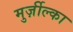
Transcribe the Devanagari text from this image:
मुर्ज़ील्का